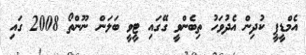
އެމްޑީޕީ ކުދިން އެދުވަހު ތިބެންވީ ގޭގައި ޓީވީ ބަލަން ނޫންތޯ 2008 ގައި